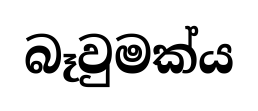
බෑවුමක්ය